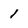
Character: 1